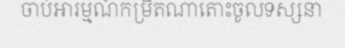
ចាប់អារម្មណ៍កម្រិតណាតោះចូលទស្សនា